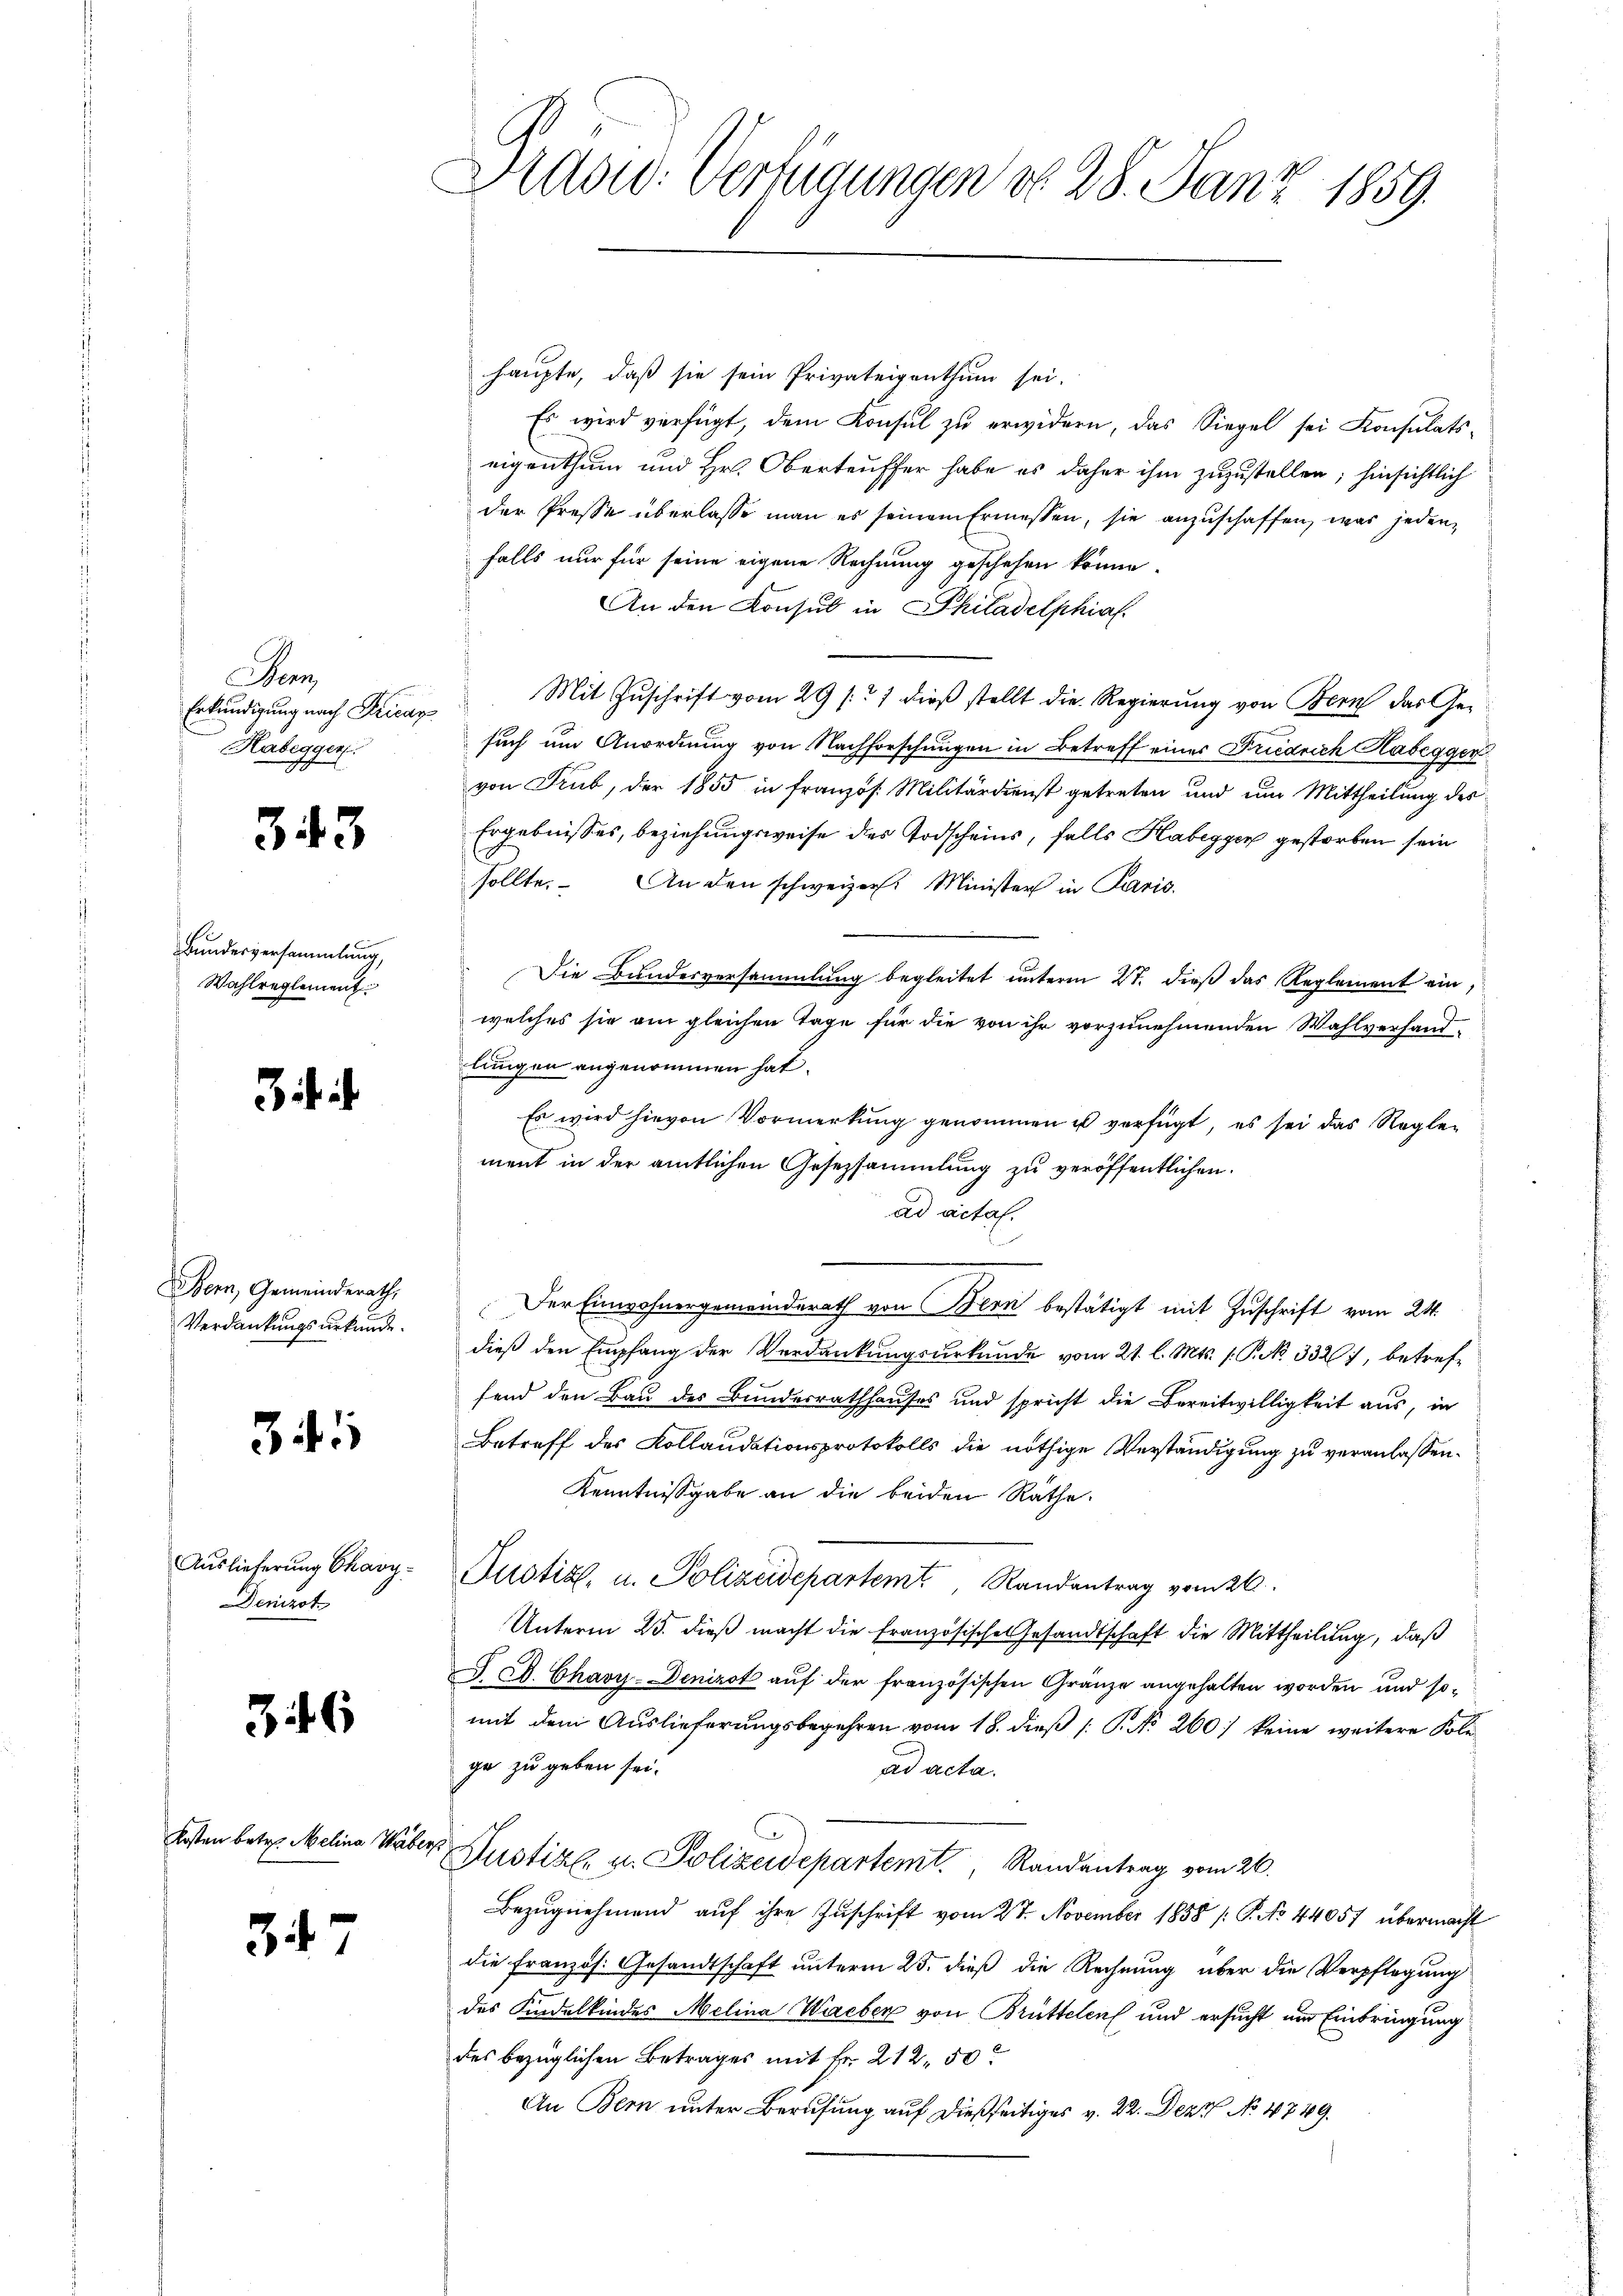
an
Erkundigung nach Krican
Habeggen
.
g

343

Bundesversammlung,
Wahlreglement

Bern, Gemeinderath,
Verdankungsurkunde.

341

Auslieferung Chary¬
Denizot

346

Kosten betr. Melina Webe

34. 7

Drasw: Verfügungen do 28. Janz 1859

haupte, daß sie sein Privateigenthum sei.
Es wird verfügt, dem Konsul zu erwidern, das Siegel sei Konsulats-
eigenthum und Hr. Oberteuffer habe es daher ihm zuzustellen; hinsichtlich
der Presse überlasse man es seinem Ermessen, sie anzuschaffen, was jedenfalls nur für seine eigene Rechnung geschehen könne.
An den Konsul in Philadelphias.
Mit Zuschrift vom 29 /: 7 dieß stellt die Regierung von Bern das Gesuch um Anordnung von Nachforschungen in Betreff eines Friedrich Habegger
von Trub, der 1855 in französ. Militärdienst getreten und um Mittheilung des
Ergebnisses, beziehungsweise des Todscheins, falls Habeggen gestorben sein
sollte. An den schweizer. Minister in Paris.
Die Bundesversammlung begleitet unterm 27. dieß das Reglement ein,
welches sie am gleichen Tage für die von ihr vorzunehmenden Wahlverhand
lungen angenommen hat.
Es wird hievon Vormerkung genommen ist verfügt, es sei das Reglement in der amtlichen Gesetzsammlung zu veröffentlichen.
ad actal.
Der Einwohnergemeinderath von Bern bestätigt mit Zuschrift vom 24.
dieß den Empfang der Verdankungsurkunde vom 21. l. Mts. 1. P. Nr. 3326), betreffend den Bau des Bundesrathhauses und spricht die Bereitwilligkeit aus, in
Betreff des Kollaudationsprotokolls die nöthige Verständigung zu veranlassen.
Kenntnißgabe an die beiden Räthe.
Justiz, u. Polizeidepartemt, Randantrag vom 26.
Unterm 25. dieß macht die französische Gesandtschaft die Mittheilung, daß
J. C. Chavy-Denizot auf der französischen Granze angehalten worden und somit dem Auslieferungsbegehren vom 18. dieß (: P. No 260) keine weitere Kolege zu geben sei.
ad acta.
u Justiz- u. Polizeidepartemt, Randantrag vom 26.
Bezŭgnehmend aŭf ihre Zuschrift vom 27. November 1858 /: P. No 44057 übermacht
die französ. Gesandtschaft unterm 25. dieß die Rechnung über die Verpflegung
des Kindelkindes Melina Wieber von Brüttelen und ersucht um Einbringung
des bezüglichen Betrages mit Fr. 212, 50
An Bern unter Berufung auf dießseitiges v. 22. Dez. No. 4749.